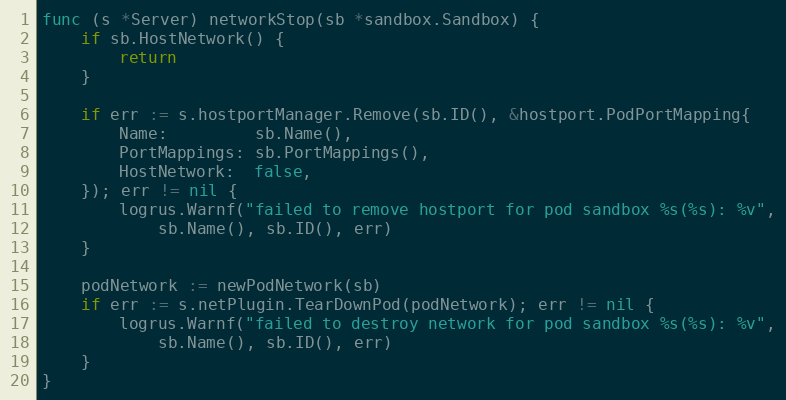
Language: Go
func (s *Server) networkStop(sb *sandbox.Sandbox) {
	if sb.HostNetwork() {
		return
	}

	if err := s.hostportManager.Remove(sb.ID(), &hostport.PodPortMapping{
		Name:         sb.Name(),
		PortMappings: sb.PortMappings(),
		HostNetwork:  false,
	}); err != nil {
		logrus.Warnf("failed to remove hostport for pod sandbox %s(%s): %v",
			sb.Name(), sb.ID(), err)
	}

	podNetwork := newPodNetwork(sb)
	if err := s.netPlugin.TearDownPod(podNetwork); err != nil {
		logrus.Warnf("failed to destroy network for pod sandbox %s(%s): %v",
			sb.Name(), sb.ID(), err)
	}
}